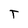
Character: T